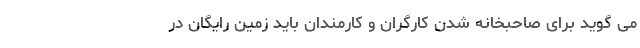
می گوید برای صاحبخانه شدن کارگران و کارمندان باید زمین رایگان در